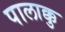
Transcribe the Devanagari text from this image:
पालाक्कु